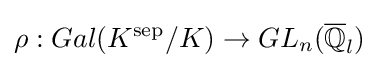
\rho :Gal(K^{\rm {sep}}/K)\to GL_{n}({\overline {\mathbb {Q} }}_{l})